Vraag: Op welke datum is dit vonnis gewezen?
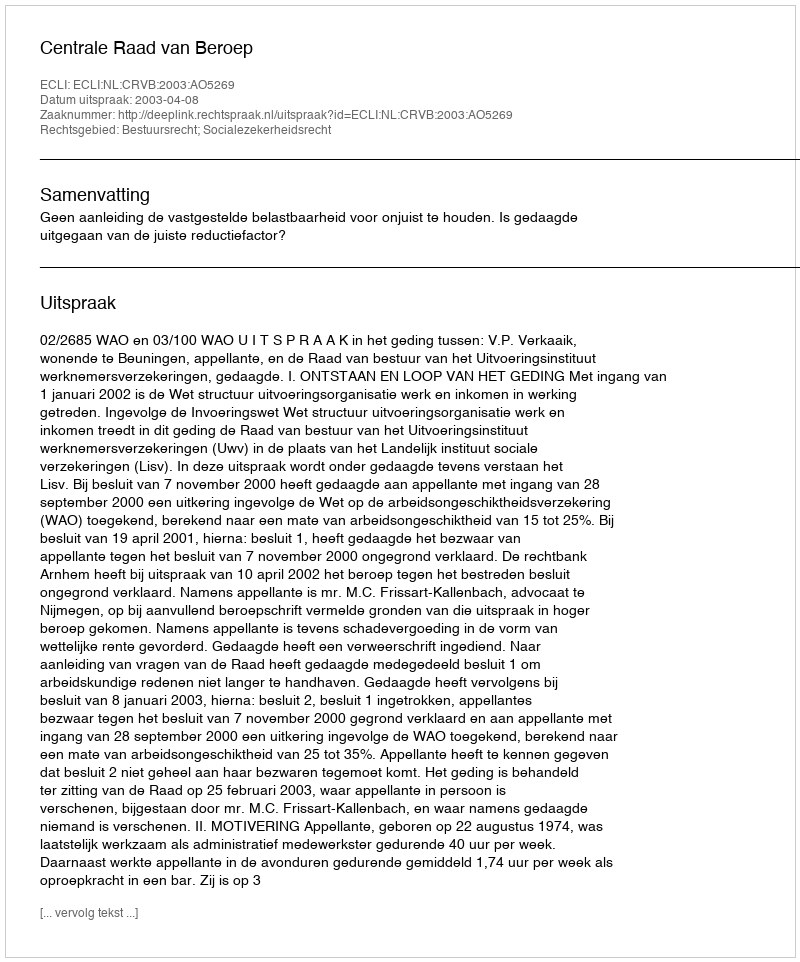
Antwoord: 2003-04-08